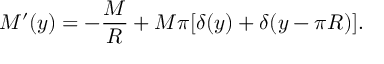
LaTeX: M ^ { \prime } ( y ) = - \frac { M } { R } + M \pi [ \delta ( y ) + \delta ( y - \pi R ) ] .